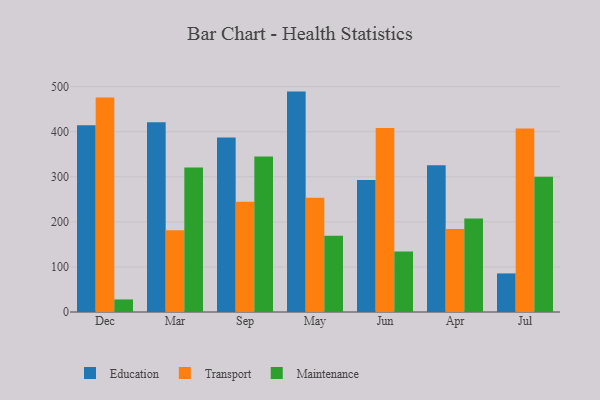
{"axis": {"x": "Month", "y": "Shipments"}, "legend": ["Education", "Maintenance", "Transport"], "data": [{"x": "Dec", "y": 414.1, "type": "Education"}, {"x": "Dec", "y": 476.1, "type": "Transport"}, {"x": "Dec", "y": 27.9, "type": "Maintenance"}, {"x": "Mar", "y": 421.2, "type": "Education"}, {"x": "Mar", "y": 181.6, "type": "Transport"}, {"x": "Mar", "y": 320.4, "type": "Maintenance"}, {"x": "Sep", "y": 387.0, "type": "Education"}, {"x": "Sep", "y": 244.4, "type": "Transport"}, {"x": "Sep", "y": 345.0, "type": "Maintenance"}, {"x": "May", "y": 489.0, "type": "Education"}, {"x": "May", "y": 253.3, "type": "Transport"}, {"x": "May", "y": 168.9, "type": "Maintenance"}, {"x": "Jun", "y": 292.9, "type": "Education"}, {"x": "Jun", "y": 408.3, "type": "Transport"}, {"x": "Jun", "y": 134.5, "type": "Maintenance"}, {"x": "Apr", "y": 325.4, "type": "Education"}, {"x": "Apr", "y": 183.9, "type": "Transport"}, {"x": "Apr", "y": 207.5, "type": "Maintenance"}, {"x": "Jul", "y": 85.6, "type": "Education"}, {"x": "Jul", "y": 407.3, "type": "Transport"}, {"x": "Jul", "y": 300.1, "type": "Maintenance"}]}